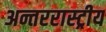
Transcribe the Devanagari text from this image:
अन्तररास्ट्रीय